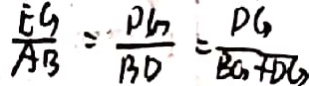
\frac { E G } { A B } = \frac { P G } { B D } = \frac { D G } { B G + D G }